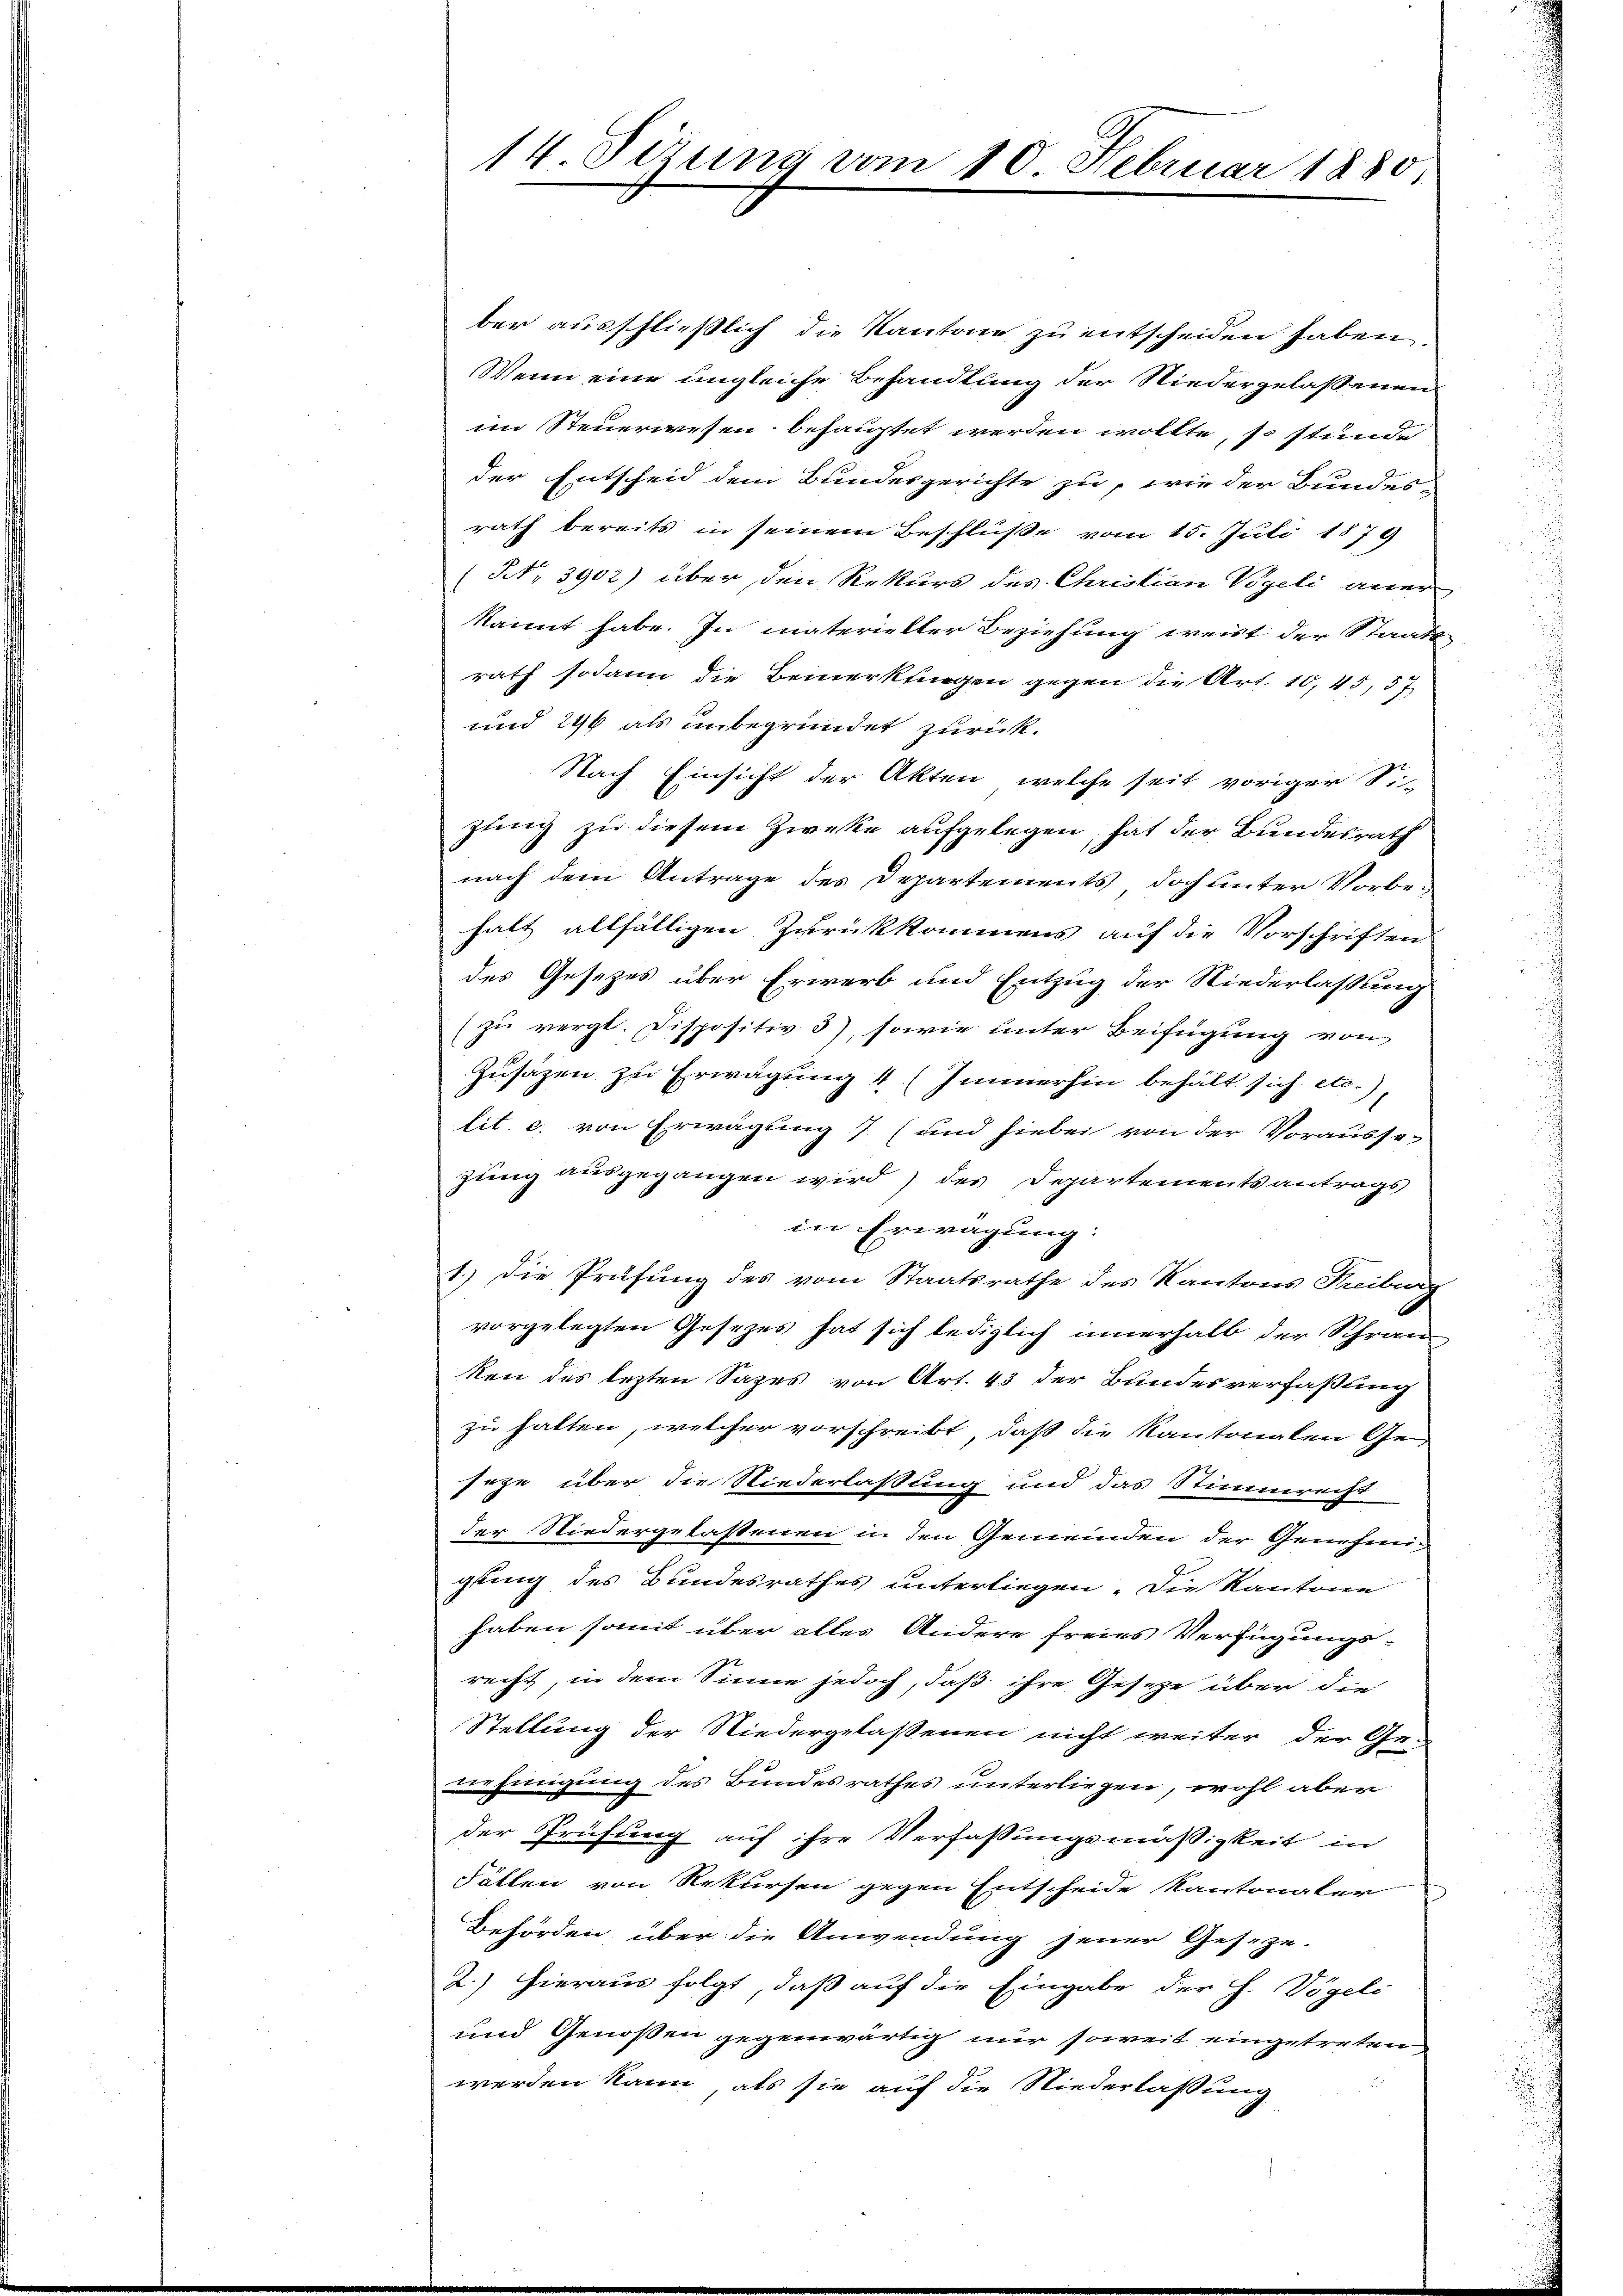
14. Sizung vom 10. Februar 1880.

ber ausschließlich die Kantone zu entscheiden haben.
Wenn eine ungleiche Behandlung der Niedergelassenen
im Steuerwesen behauptet werden wollte, so stunde
der Entscheid dem Bundesgerichte zu, wie der Bundes-
rath bereits in seinem Beschlüße vom 15. Juli 1879
(No. 3902) über den Rekurs des Christian Bgeli aner-
kannt habe. In materieller Beziehung weist der Staats
rath sodann die Bemerkungen gegen die Art. 10, 45, 57
und 296 als unbegründet zurück.
Nach Einsicht der Akten, welche seit voriger Si-
zung zu diesem Zwecke aufgelegen, hat der Bundesrath
nach dem Antrage des Departements doch unter Vorbehalt allfälligen Zurückkommens auf die Vorschriften
des Gesezes über Erwerb und Entzug der Niederlassung
(zu vergl. Dispositiv 3), sowie unter Beifügung von
Zusätzen zu Erwägung 4 (Immerhin behält sich etc.)
lit. c. von Erwägung 7 (und hiebei von der Vorausse-
gung ausgegangen wird) des Departementsantrags
in Erwägung:
1.) Die Prüfung des vom Staatsrathe des Kantons Freiburg
vorgelegten Gesezes hat sich lediglich innerhalb der Schran
ken des lezten Sazes von Art. 43 der Bundesverfaßung
zu halten, welcher vorschreibt, daß die Kantonalen Geseze über die Niederlassung und das Stimmrecht
der Niedergelastenen in den Gemeinden der Genehmigling des Bundesrathes unterliegen. Die Kantone
haben somit über alles Andere freies Verfügungsrecht, in dem Sinne jedoch, daß ihre Geseze über die
Stellung der Niedergelaßenen nicht weiter der Genehmigung des Bundesrathes unterliegen, wohl aber
der Prüfung auf ihre Verfassungsmäßigkeit in
Fällen von Rekursen gegen Entscheide Kantonaler
Behörden über die Anwendung jener Geseze-
2.) Hieraus folgt, daß auf die Eingabe der H. Vögeli
und Genoßen gegenwärtig nur soweit eingetreten
.
werden kann, als sie auf die Niederlaßung